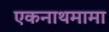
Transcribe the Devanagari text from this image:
एकनाथमामा